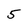
Character: 5